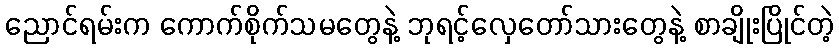
ညောင်ရမ်းက ကောက်စိုက်သမတွေနဲ့ ဘုရင့်လှေတော်သားတွေနဲ့ စာချိုးပြိုင်တဲ့